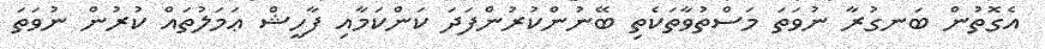
އެގޮތުން ބަނގުރާ ނުވަތަ މަސްތުވާތަކެތި ބޭނުންކުރުންފަދަ ކަންކަމާއި ފާހީޝް ޢަމަލުތައް ކުރުން ނުވަތަ